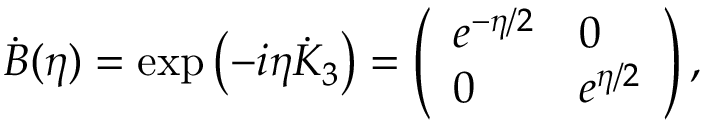
\dot { B } ( \eta ) = \exp { \left( - i \eta \dot { K } _ { 3 } \right) } = \left( \begin{array} { l l } { { e ^ { - \eta / 2 } } } & { { 0 } } \\ { { 0 } } & { { e ^ { \eta / 2 } } } \end{array} \right) ,